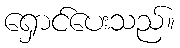
ရှောင်ပေးသည်။